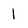
Character: l